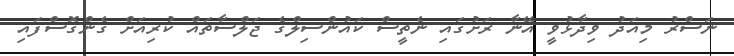
ނަސްރު މިއަދު ވިދާޅުވީ އޭނާ ރަށުގައި ނެތީސް ކައުންސިލްގެ ޖަލްސާތައް ކުރިއަށް ގެންގޮސްފައި